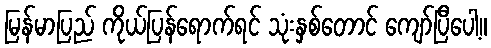
မြန်မာပြည် ကိုယ်ပြန်ရောက်ရင် သုံးနှစ်တောင် ကျော်ပြီပေါ့။